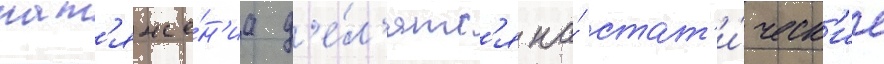
нат'яже́н'иа д'е́л'ятс'я на́ стат'и́ческ'ие